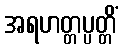
အရဟတ္တပ္ပတ္တိံ